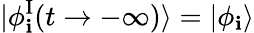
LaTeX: \vert\phi_{\mathbf{i}}^{\mathrm{{I}}}(t\rightarrow-\infty)\rangle=\vert\phi_{\mathbf{i}}\rangle